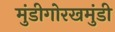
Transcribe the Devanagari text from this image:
मुंडीगोरखमुंडी